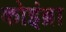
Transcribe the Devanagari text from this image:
कोइंब्रा